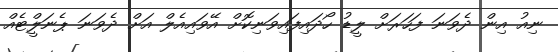
ނިއު އިން ދެވަނަ ފަހަރަށް ލީޑު ހޯދައިފައިވަނިކޮށް އޭވައިއެލް އަށް ދެވަނަ ޕެނަލްީޓެއް